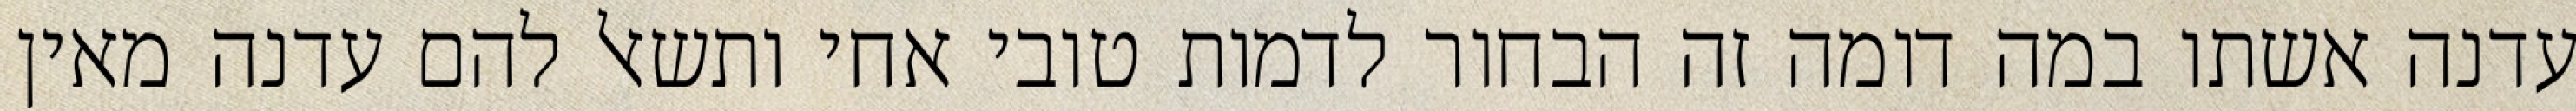
עדנה אשתו במה דומה זה הבחור לדמות טובי אחי ותשאל להם עדנה מאין